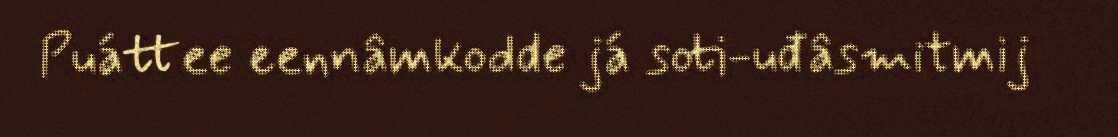
Puáttee eennâmkodde já soti-uđâsmitmij